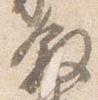
叙